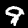
Label: 9